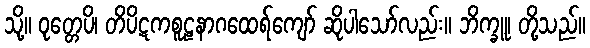
သို့။ ဝုတ္တေပိ၊ တိပိဋကစူဠနာဂထေရ်ကျော် ဆိုပါသော်လည်း။ ဘိက္ခူ၊ တို့သည်။